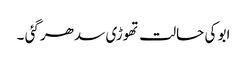
ابو کی حالت تھوڑی سدھر گئی ۔